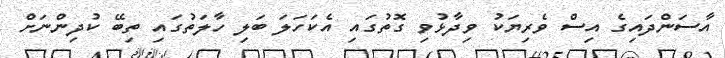
އާސަންދައިގެ އިސް ވެރިޔަކު ވިދާޅުވި ގޮތުގައި އެކަހަލަ ބަލި ހާލަތުގައި ތިބޭ ކުދިންނަށް